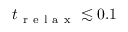
t _ { \mathrm { ~ r ~ e ~ l ~ a ~ x ~ } } \lesssim 0 . 1